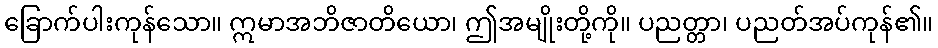
ခြောက်ပါးကုန်သော။ ဣမာအဘိဇာတိယော၊ ဤအမျိုးတို့ကို။ ပညတ္တာ၊ ပညတ်အပ်ကုန်၏။